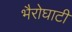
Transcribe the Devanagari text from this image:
भैरोघाटी